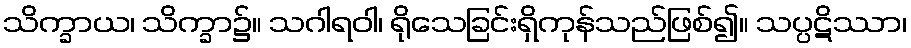
သိက္ခာယ၊ သိက္ခာ၌။ သဂါရဝါ၊ ရိုသေခြင်းရှိကုန်သည်ဖြစ်၍။ သပ္ပဋိဿာ၊